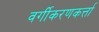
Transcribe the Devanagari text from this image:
वर्गीकरणकर्त्ता